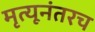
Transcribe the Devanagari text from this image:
मृत्यूनंतरच